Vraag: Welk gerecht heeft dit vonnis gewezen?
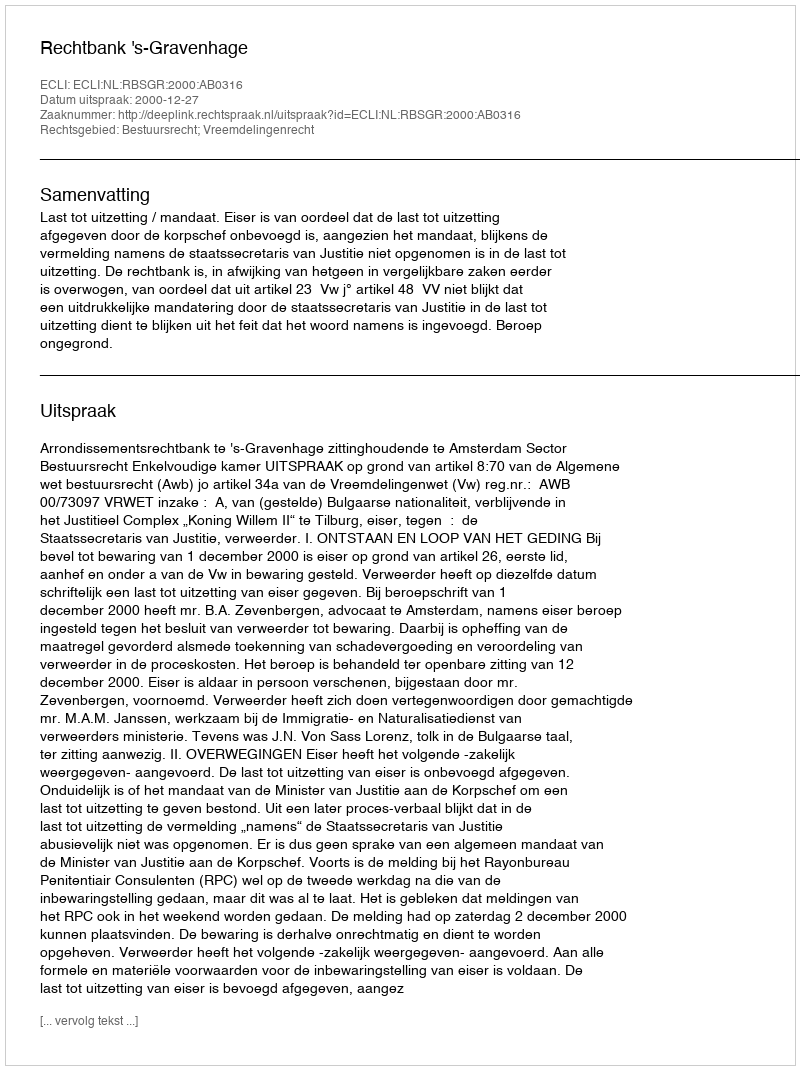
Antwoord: Rechtbank 's-Gravenhage